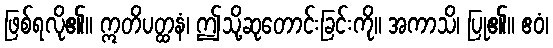
ဖြစ်ရလို၏။ ဣတိပတ္ထနံ၊ ဤသို့ဆုတောင်းခြင်းကို။ အကာသိ၊ ပြု၏။ ဧဝံ၊